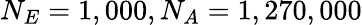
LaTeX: N_{E}=1,000,N_{A}=1,270,000